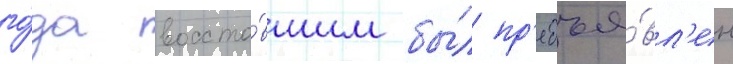
го́да восста́вшим бы́л пр'едъя́вл'ен